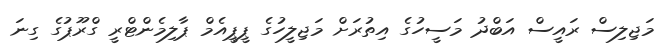
މަޖިލިސް ރައީސް އަބްދު މަސީހުގެ އިތުރަށް މަޖިލީހުގެ ޕީޕީއެމް ޕާލިމެންޓްރީ ގްރޫޕުގެ ގިނަ